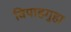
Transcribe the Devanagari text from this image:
विपाहगुहा